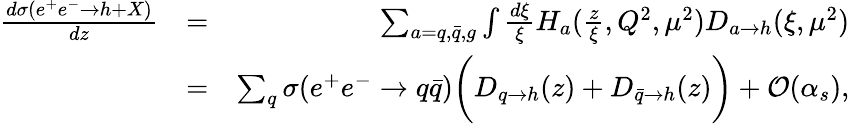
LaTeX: \begin{array}{rlr}{\frac{d\sigma(e^{+}e^{-}\rightarrow h+X)}{dz}}&{=}&{\sum_{a=q,\bar{q},g}\int\frac{d\xi}{\xi}H_{a}(\frac{z}{\xi},Q^{2},\mu^{2})D_{a\rightarrow h}(\xi,\mu^{2})}\\ &{=}&{\sum_{q}\sigma(e^{+}e^{-}\rightarrow q\bar{q})\biggr(D_{q\rightarrow h}(z)+D_{\bar{q}\rightarrow h}(z)\biggr)+{\mathcal O}(\alpha_{s}),}\end{array}